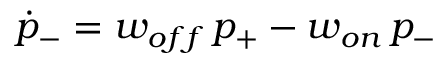
\dot { p } _ { - } = w _ { o f f } \, p _ { + } - w _ { o n } \, p _ { - }